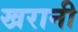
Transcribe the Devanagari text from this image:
खरानी